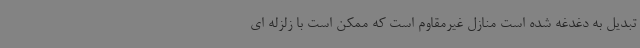
تبدیل به دغدغه شده است منازل غیرمقاوم است که ممکن است با زلزله ای